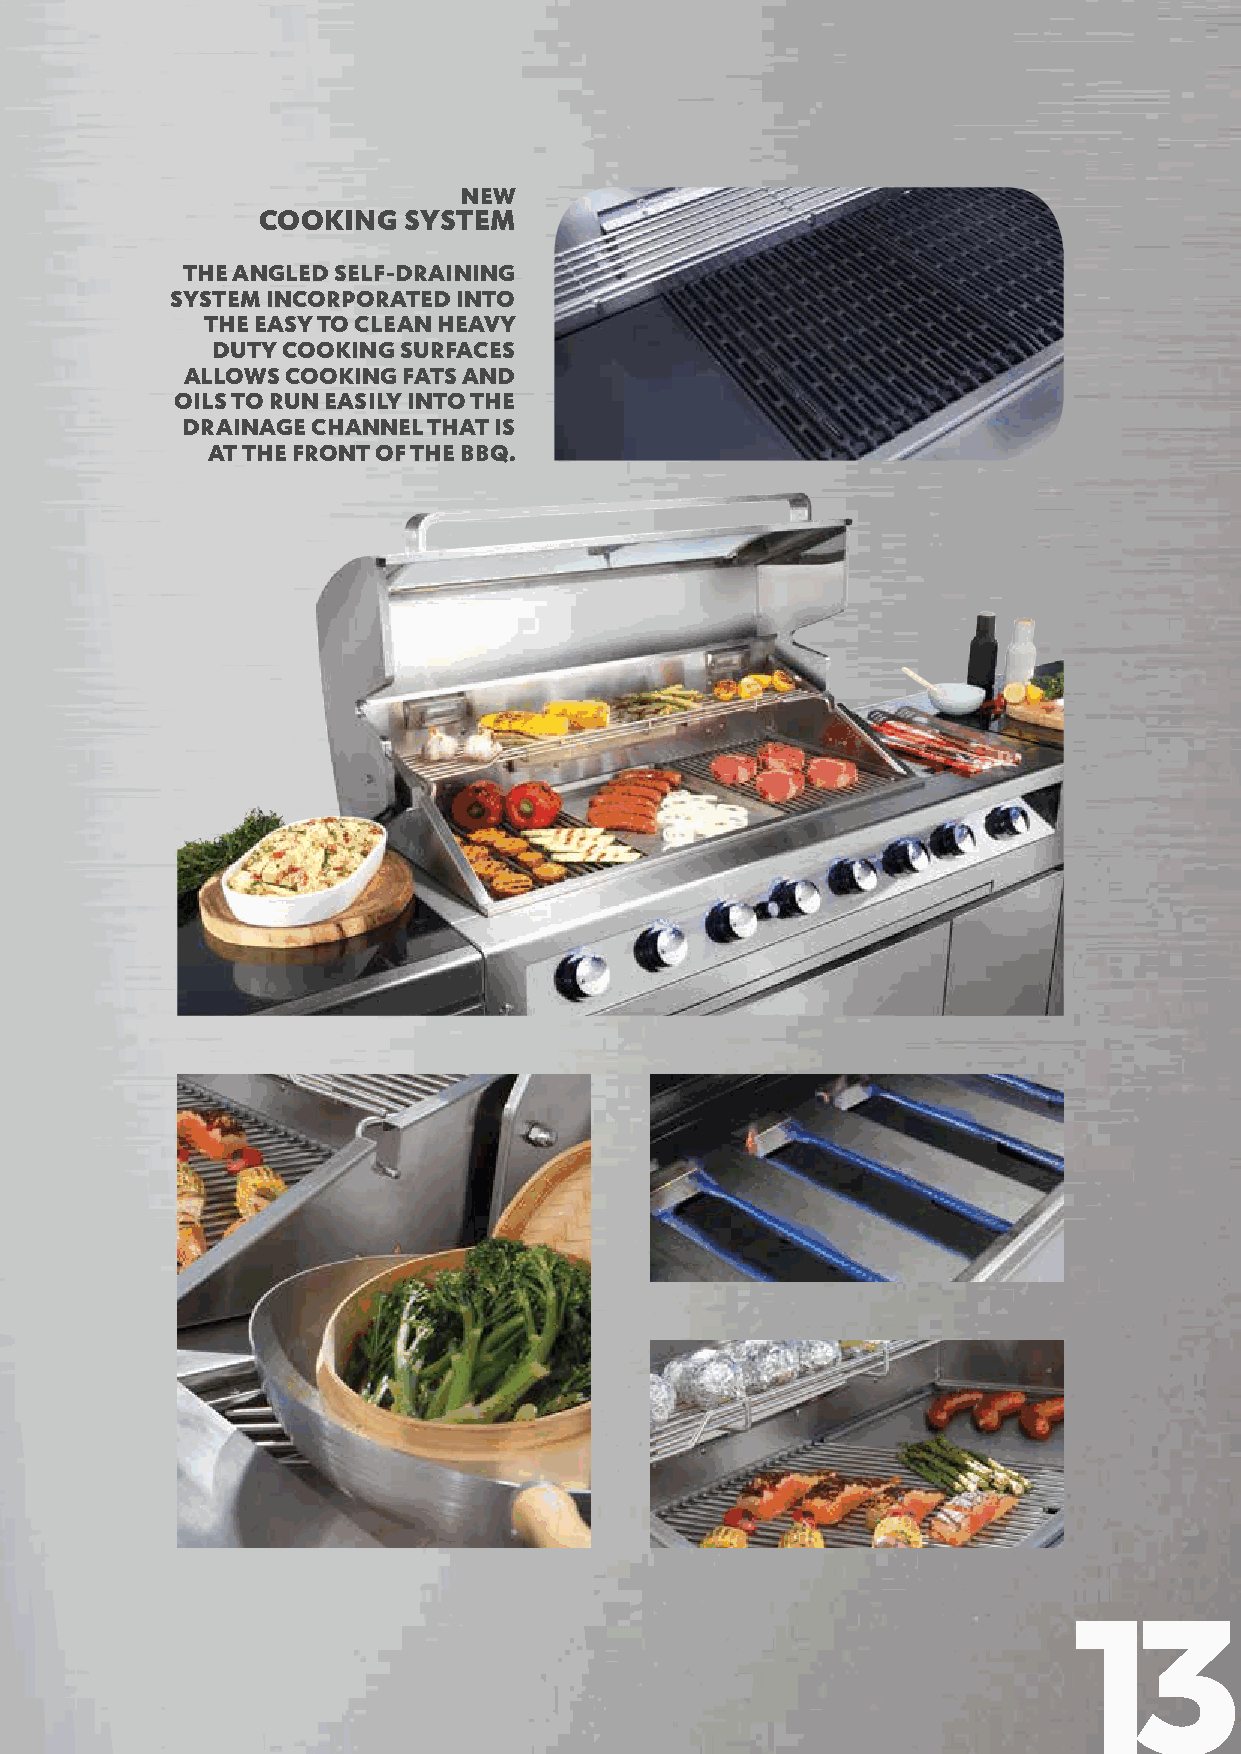
NEW
 COOKING   SYSTEM
 THE ANGLED SELF-DRAINING
 SYSTEM INCORPORATED INTO
 THE EASY TO CLEAN HEAVY
 DUTY COOKING SURFACES
 ALLOWS COOKING FATS AND
 OILS TO RUN EASILY INTO THE
 DRAINAGE CHANNEL THAT IS
 AT THE FRONT OF THE BBQ.
 13